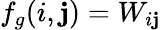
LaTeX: f_{g}(i,\mathbf{j})=W_{i\mathbf{j}}